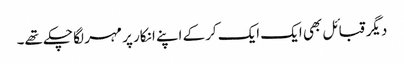
دیگر قبائل بھی ایک ایک کرکے اپنے انکار پر مہر لگا چکے تھے۔